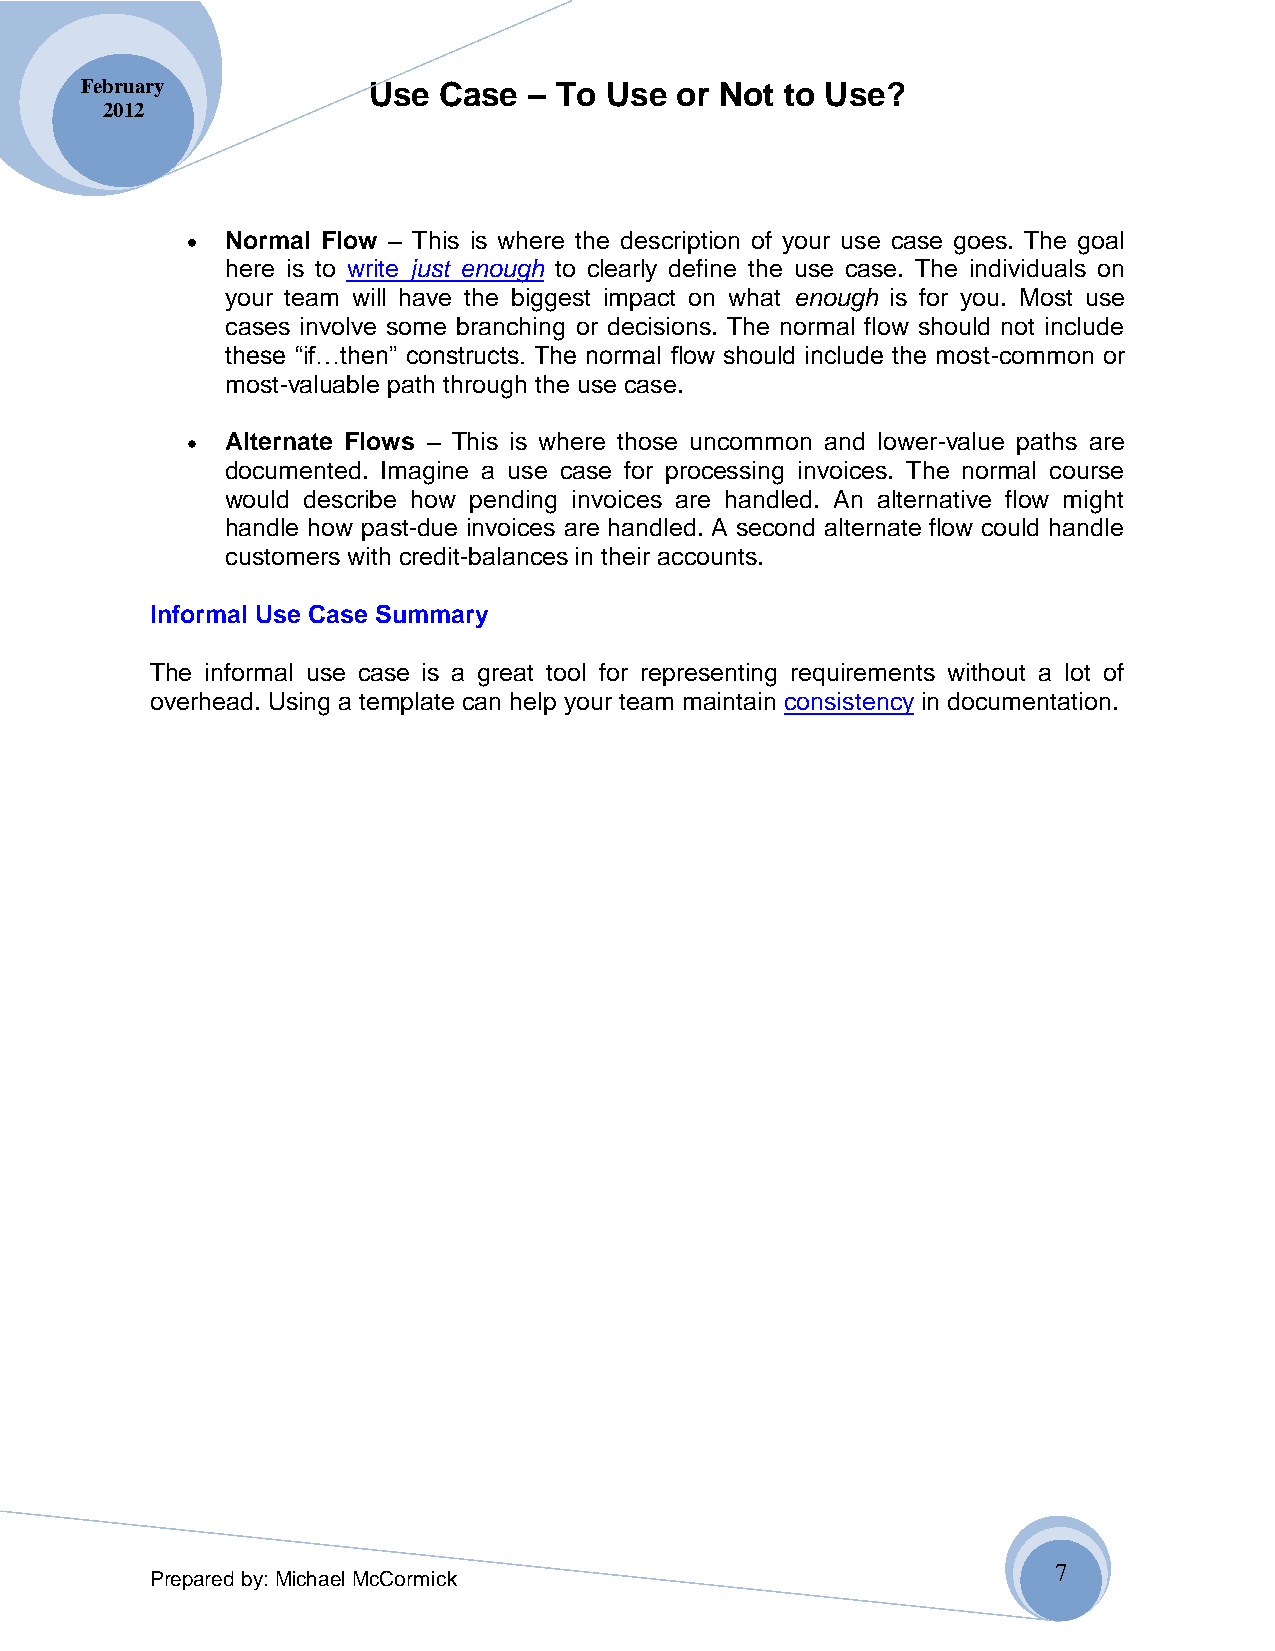
February           Use  Case  – To Use  or Not to Use?
 2012
 Normal Flow – This is where the description of your use case goes. The goal
 here is to write just enough to clearly define the use case. The individuals on
 your team will have the biggest impact on what enough is for you. Most use
 cases involve some branching or decisions. The normal flow should not include
 these “if…then” constructs. The normal flow should include the most-common or
 most-valuable path through the use case.
 Alternate Flows – This is where those uncommon and lower-value paths are
 documented. Imagine a use case for processing invoices. The normal course
 would describe how pending invoices are handled. An alternative flow might
 handle how past-due invoices are handled. A second alternate flow could handle
 customers with credit-balances in their accounts.
 Informal Use Case Summary
 The informal use case is a great tool for representing requirements without a lot of
 overhead. Using a template can help your team maintain consistency in documentation.
 7
 Prepared by: Michael McCormick